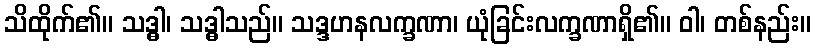
သိထိုက်၏။ သဒ္ဓါ၊ သဒ္ဓါသည်။ သဒ္ဒဟနလက္ခဏာ၊ ယုံခြင်းလက္ခဏာရှိ၏။ ဝါ၊ တစ်နည်း။